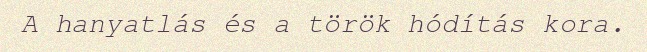
A hanyatlás és a török hódítás kora.